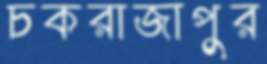
চকরাজাপুর